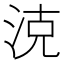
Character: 㳳